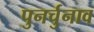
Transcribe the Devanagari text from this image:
पुनर्चुनाव